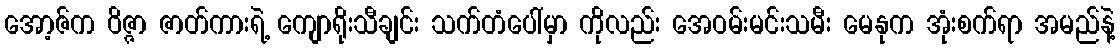
အော့ဇ်က ဝိဇ္ဇာ ဇာတ်ကားရဲ့ ကျောရိုးသီချင်း သက်တံပေါ်မှာ ကိုလည်း အေဝမ်းမင်းသမီး မေနုက အုံးစက်ရာ အမည်နဲ့